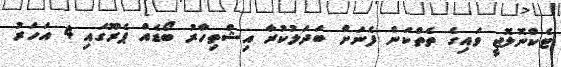
ޓެކްނޮލޮޖީ ވައިގެ ތެތްކަން ފެނަށް ބަދަލުކުރާ އިޝްތިހާރު ބޯޑެއް ޕެރޫގައި 4 އަހަރު